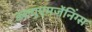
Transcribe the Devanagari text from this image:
डब्ल्यूएमजेंनिंग्स